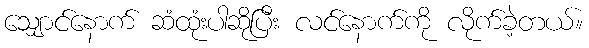
သျှောင်နောက် ဆံထုံးပါဆိုပြီး လင်နောက်ကို လိုက်ခဲ့တယ်။